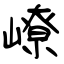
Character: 嶛